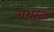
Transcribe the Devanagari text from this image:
मशरक